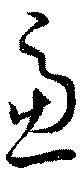
慮